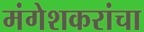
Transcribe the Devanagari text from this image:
मंगेशकरांचा